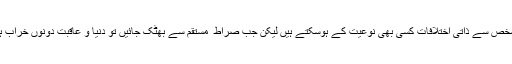
کسی بھی شخص سے ذاتی اختلافات کسی بھی نوعیت کے ہوسکتے ہیں لیکن جب صراط ِ مستقم سے بھٹک جائیں تو دنیا و عاقبت دونوں خراب ہوجاتی ہے۔